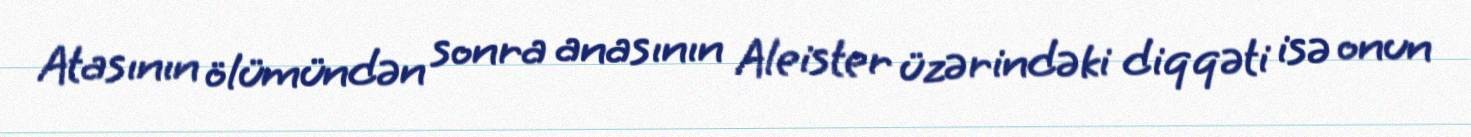
Atasının ölümündən sonra anasının Aleister üzərindəki diqqəti isə onun